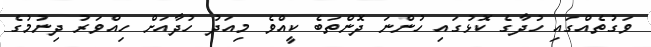
ވަގުތެއްގައި ހުދާގެ ކޮޅުގައި ހުންނަ ދޮންތަބެ ކީއްވެ މިއަދު ހުދާއަށް ހިއްވަރު ދިނުމުގެ